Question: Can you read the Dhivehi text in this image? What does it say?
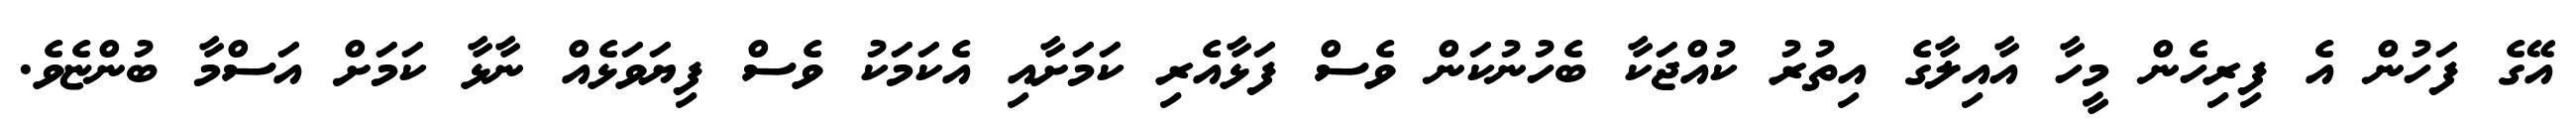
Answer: އޭގެ ފަހުން އެ ފިރިހެން މީހާ އާއިލާގެ އިތުރު ކުއްޖަކާ ބެހުނުކަން ވެސް ފަޅާއެރި ކަމަށާއި އެކަމަކު ވެސް ފިޔަވަޅެއް ނާޅާ ކަމަށް އަސްމާ ބުންޏެވެ.